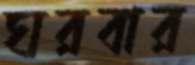
ঘরবার